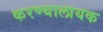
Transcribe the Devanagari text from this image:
करण्यालायक